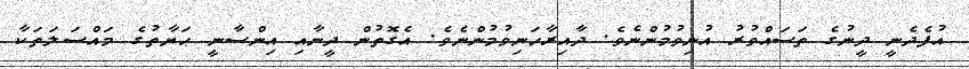
އުފެދެނީ ދީނުގެ ތަސައްވުރު އުނިވުމުންނެވެ. ދާއިރާހަނިވުމުންނެވެ. އެގޮތުން ދީނާއި އިންސާނީ ޙަޔާތުގެ މައްސަލަތަކާ